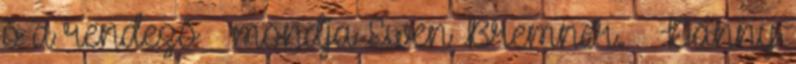
ő a rendező – mondja Ewen Bremner. – Danny